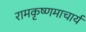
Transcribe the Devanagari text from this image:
रामकृष्णमाचार्य